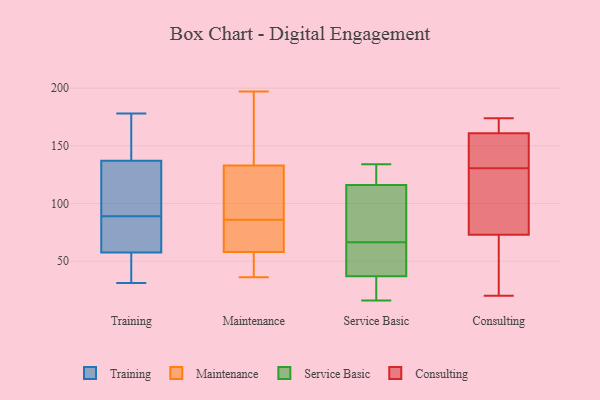
{"axis": {"x": "Energy Usage (MWh)", "y": "Value"}, "legend": ["Consulting", "Maintenance", "Service Basic", "Training"], "data": [{"x": "", "y": 178, "type": "Training"}, {"x": "", "y": 175, "type": "Training"}, {"x": "", "y": 110, "type": "Training"}, {"x": "", "y": 50, "type": "Training"}, {"x": "", "y": 65, "type": "Training"}, {"x": "", "y": 171, "type": "Training"}, {"x": "", "y": 146, "type": "Training"}, {"x": "", "y": 87, "type": "Training"}, {"x": "", "y": 55, "type": "Training"}, {"x": "", "y": 31, "type": "Training"}, {"x": "", "y": 89, "type": "Training"}, {"x": "", "y": 91, "type": "Training"}, {"x": "", "y": 98, "type": "Training"}, {"x": "", "y": 49, "type": "Training"}, {"x": "", "y": 78, "type": "Training"}, {"x": "", "y": 88, "type": "Maintenance"}, {"x": "", "y": 36, "type": "Maintenance"}, {"x": "", "y": 55, "type": "Maintenance"}, {"x": "", "y": 104, "type": "Maintenance"}, {"x": "", "y": 58, "type": "Maintenance"}, {"x": "", "y": 133, "type": "Maintenance"}, {"x": "", "y": 197, "type": "Maintenance"}, {"x": "", "y": 84, "type": "Maintenance"}, {"x": "", "y": 72, "type": "Maintenance"}, {"x": "", "y": 136, "type": "Maintenance"}, {"x": "", "y": 16, "type": "Service Basic"}, {"x": "", "y": 81, "type": "Service Basic"}, {"x": "", "y": 21, "type": "Service Basic"}, {"x": "", "y": 116, "type": "Service Basic"}, {"x": "", "y": 38, "type": "Service Basic"}, {"x": "", "y": 112, "type": "Service Basic"}, {"x": "", "y": 134, "type": "Service Basic"}, {"x": "", "y": 117, "type": "Service Basic"}, {"x": "", "y": 37, "type": "Service Basic"}, {"x": "", "y": 52, "type": "Service Basic"}, {"x": "", "y": 73, "type": "Consulting"}, {"x": "", "y": 89, "type": "Consulting"}, {"x": "", "y": 57, "type": "Consulting"}, {"x": "", "y": 174, "type": "Consulting"}, {"x": "", "y": 105, "type": "Consulting"}, {"x": "", "y": 161, "type": "Consulting"}, {"x": "", "y": 168, "type": "Consulting"}, {"x": "", "y": 51, "type": "Consulting"}, {"x": "", "y": 20, "type": "Consulting"}, {"x": "", "y": 124, "type": "Consulting"}, {"x": "", "y": 145, "type": "Consulting"}, {"x": "", "y": 143, "type": "Consulting"}, {"x": "", "y": 137, "type": "Consulting"}, {"x": "", "y": 166, "type": "Consulting"}]}